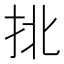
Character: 𢫣